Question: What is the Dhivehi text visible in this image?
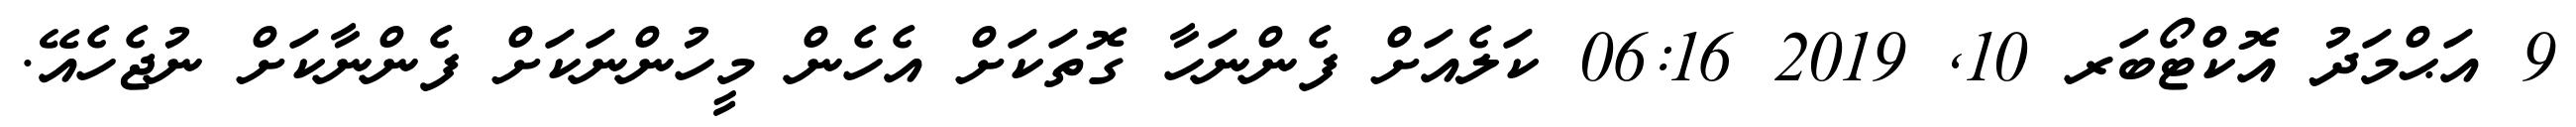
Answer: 9 އަޙްމަދު އޮކްޓޯބަރ 10, 2019 06:16 ކަލެއަށް ފެންނަހާ ގޮތަކަށް އެހެން މީހުންނަކަށް ފެންނާކަށް ނުޖެހެއޭ.